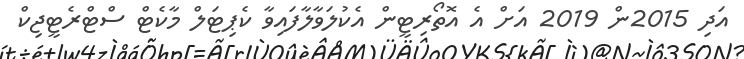
އަދި 2015ން 2019 އަށް އެ އޮތޯރިޓީން އެކުލަވާލާފައިވާ ކެޕިޓަލް މާކެޓް ސްޓްރެޓީޖިކް